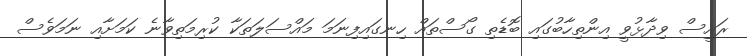
ރައީސް ވިދާޅުވީ އިންތިހާބުގައި ބޮޑެތި ގޯސްތައް ހިނގައިފިނަމަ މައްސަލަތަކާ ކުރިމަތިވާނެ ކަމަށާއި ނަމަވެސް